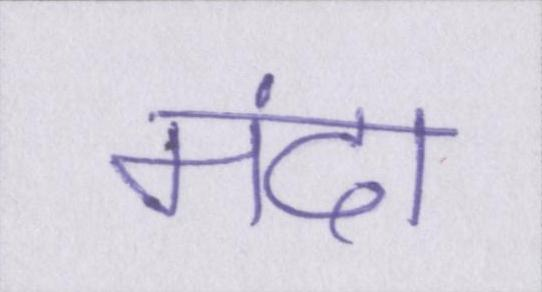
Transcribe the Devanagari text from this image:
मंदा